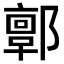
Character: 𨞥